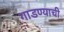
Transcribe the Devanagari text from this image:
गाडण्याची